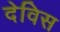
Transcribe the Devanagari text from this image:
देविस